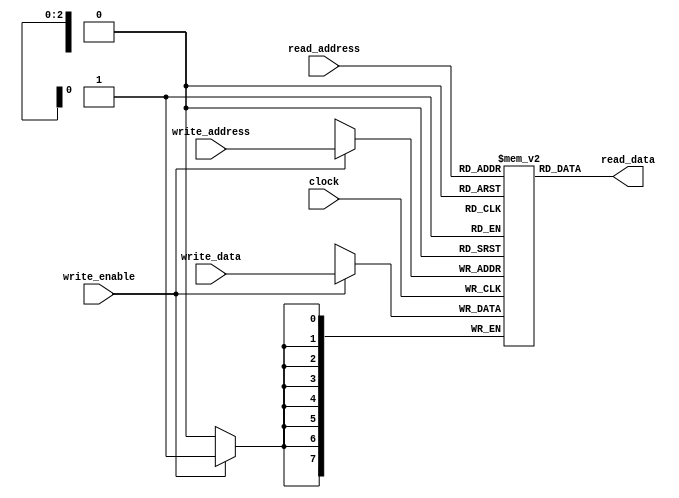
// This program was cloned from: https://github.com/FPGADude/Digital-Design
// License: GNU General Public License v3.0


module reg_file(
	input clock,
	input write_enable,
	input [2:0] write_address,
	input [2:0] read_address,
	input [7:0] write_data,
	output [7:0] read_data
);

	reg [7:0] reg_file [7:0];

	always @(posedge clock )
		if(write_enable)
			reg_file[write_address] <= write_data;
	
	assign read_data = reg_file[read_address];

endmodule